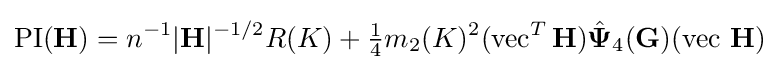
\operatorname {PI} (\mathbf {H} )=n^{-1}|\mathbf {H} |^{-1/2}R(K)+{\tfrac {1}{4}}m_{2}(K)^{2}(\operatorname {vec} ^{T}\mathbf {H} ){\hat {\mathbf {\Psi } }}_{4}(\mathbf {G} )(\operatorname {vec} \,\mathbf {H} )